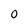
Character: 0